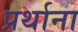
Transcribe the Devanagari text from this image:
प्रर्थाना